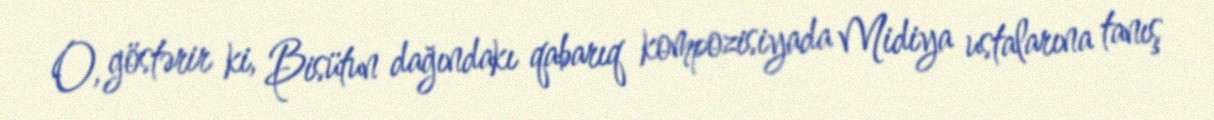
O, göstərir ki, Bisütun dağındakı qabarıq kompozisiyada Midiya ustalarına tanış